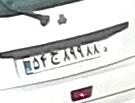
۵۴ج۸۹۹۸۸